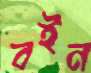
বইন